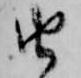
由